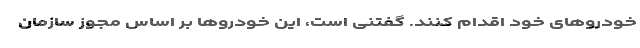
خودروهای خود اقدام کنند. گفتنی است، این خودروها بر اساس مجوز سازمان